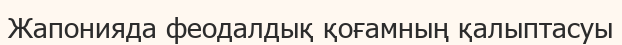
Жапонияда феодалдық қоғамның қалыптасуы